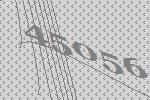
45056